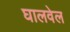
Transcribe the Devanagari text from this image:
घालवेल